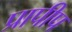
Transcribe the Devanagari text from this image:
प्रापीप